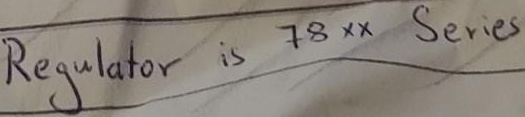
Text: Regulator is 78xx Series